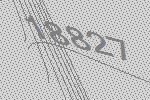
18827